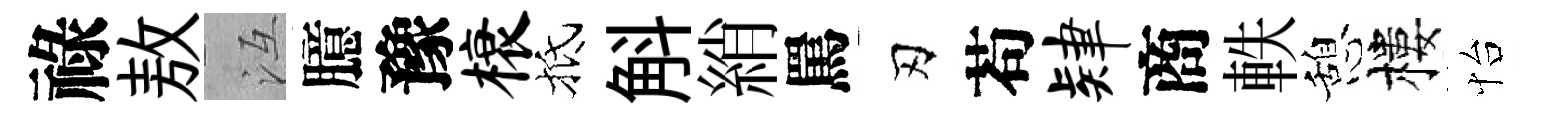
祿敖冱臆豫榱抵斛綃罵刃苟肄商軼憩樓怡